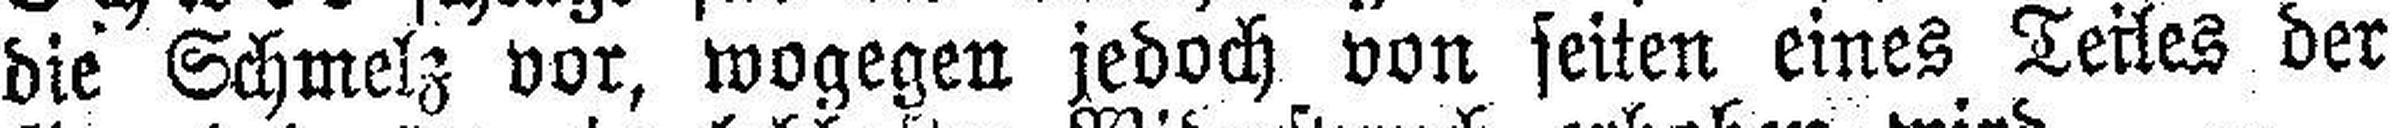
die Schmelz vor, wogegen jedoch von seiten eines Teiles der